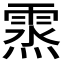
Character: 𩃯